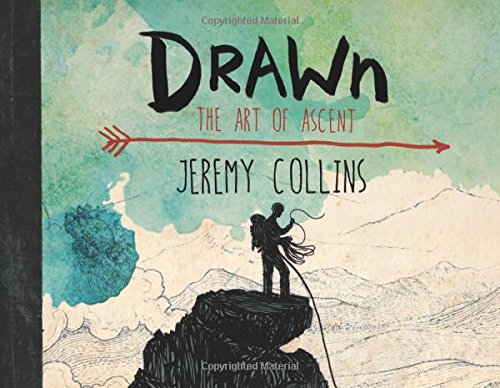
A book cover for Drawn: The Art of Ascent; Jeremy Collins; Sports & Outdoors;